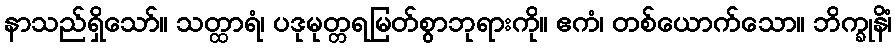
နာသည်ရှိသော်။ သတ္ထာရံ၊ ပဒုမုတ္တရမြတ်စွာဘုရားကို။ ဧကံ၊ တစ်ယောက်သော။ ဘိက္ခုနိံ၊